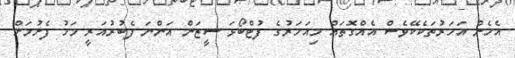
އެހެން އަހަރުތަކެކޭވެސް އެއްގޮތައް މިއަހަރުގެ ފުޓްބޯޅަ ސީޒަން އަންނަ ފެބުރުއަރީ މަހު ފެށުމަށް